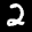
Label: 2